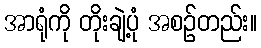
အာရုံကို တိုးချဲ့ပုံ အစဉ်တည်း။